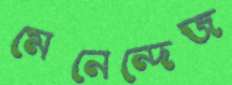
মেনেন্দেজ